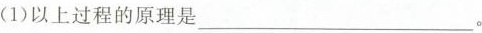
(1)以上过程的原理是___。